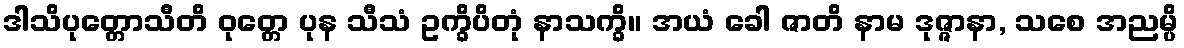
ဒါသိပုတ္တောသီတိ ဝုတ္တေ ပုန သီသံ ဥက္ခိပိတုံ နာသက္ခိ။ အယံ ခေါ ဇာတိ နာမ ဒုဇ္ဇာနာ, သစေ အညမ္ပိ